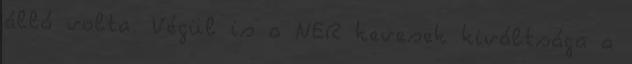
álló volta. Végül is a NER kevesek kiváltsága a